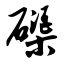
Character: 磲